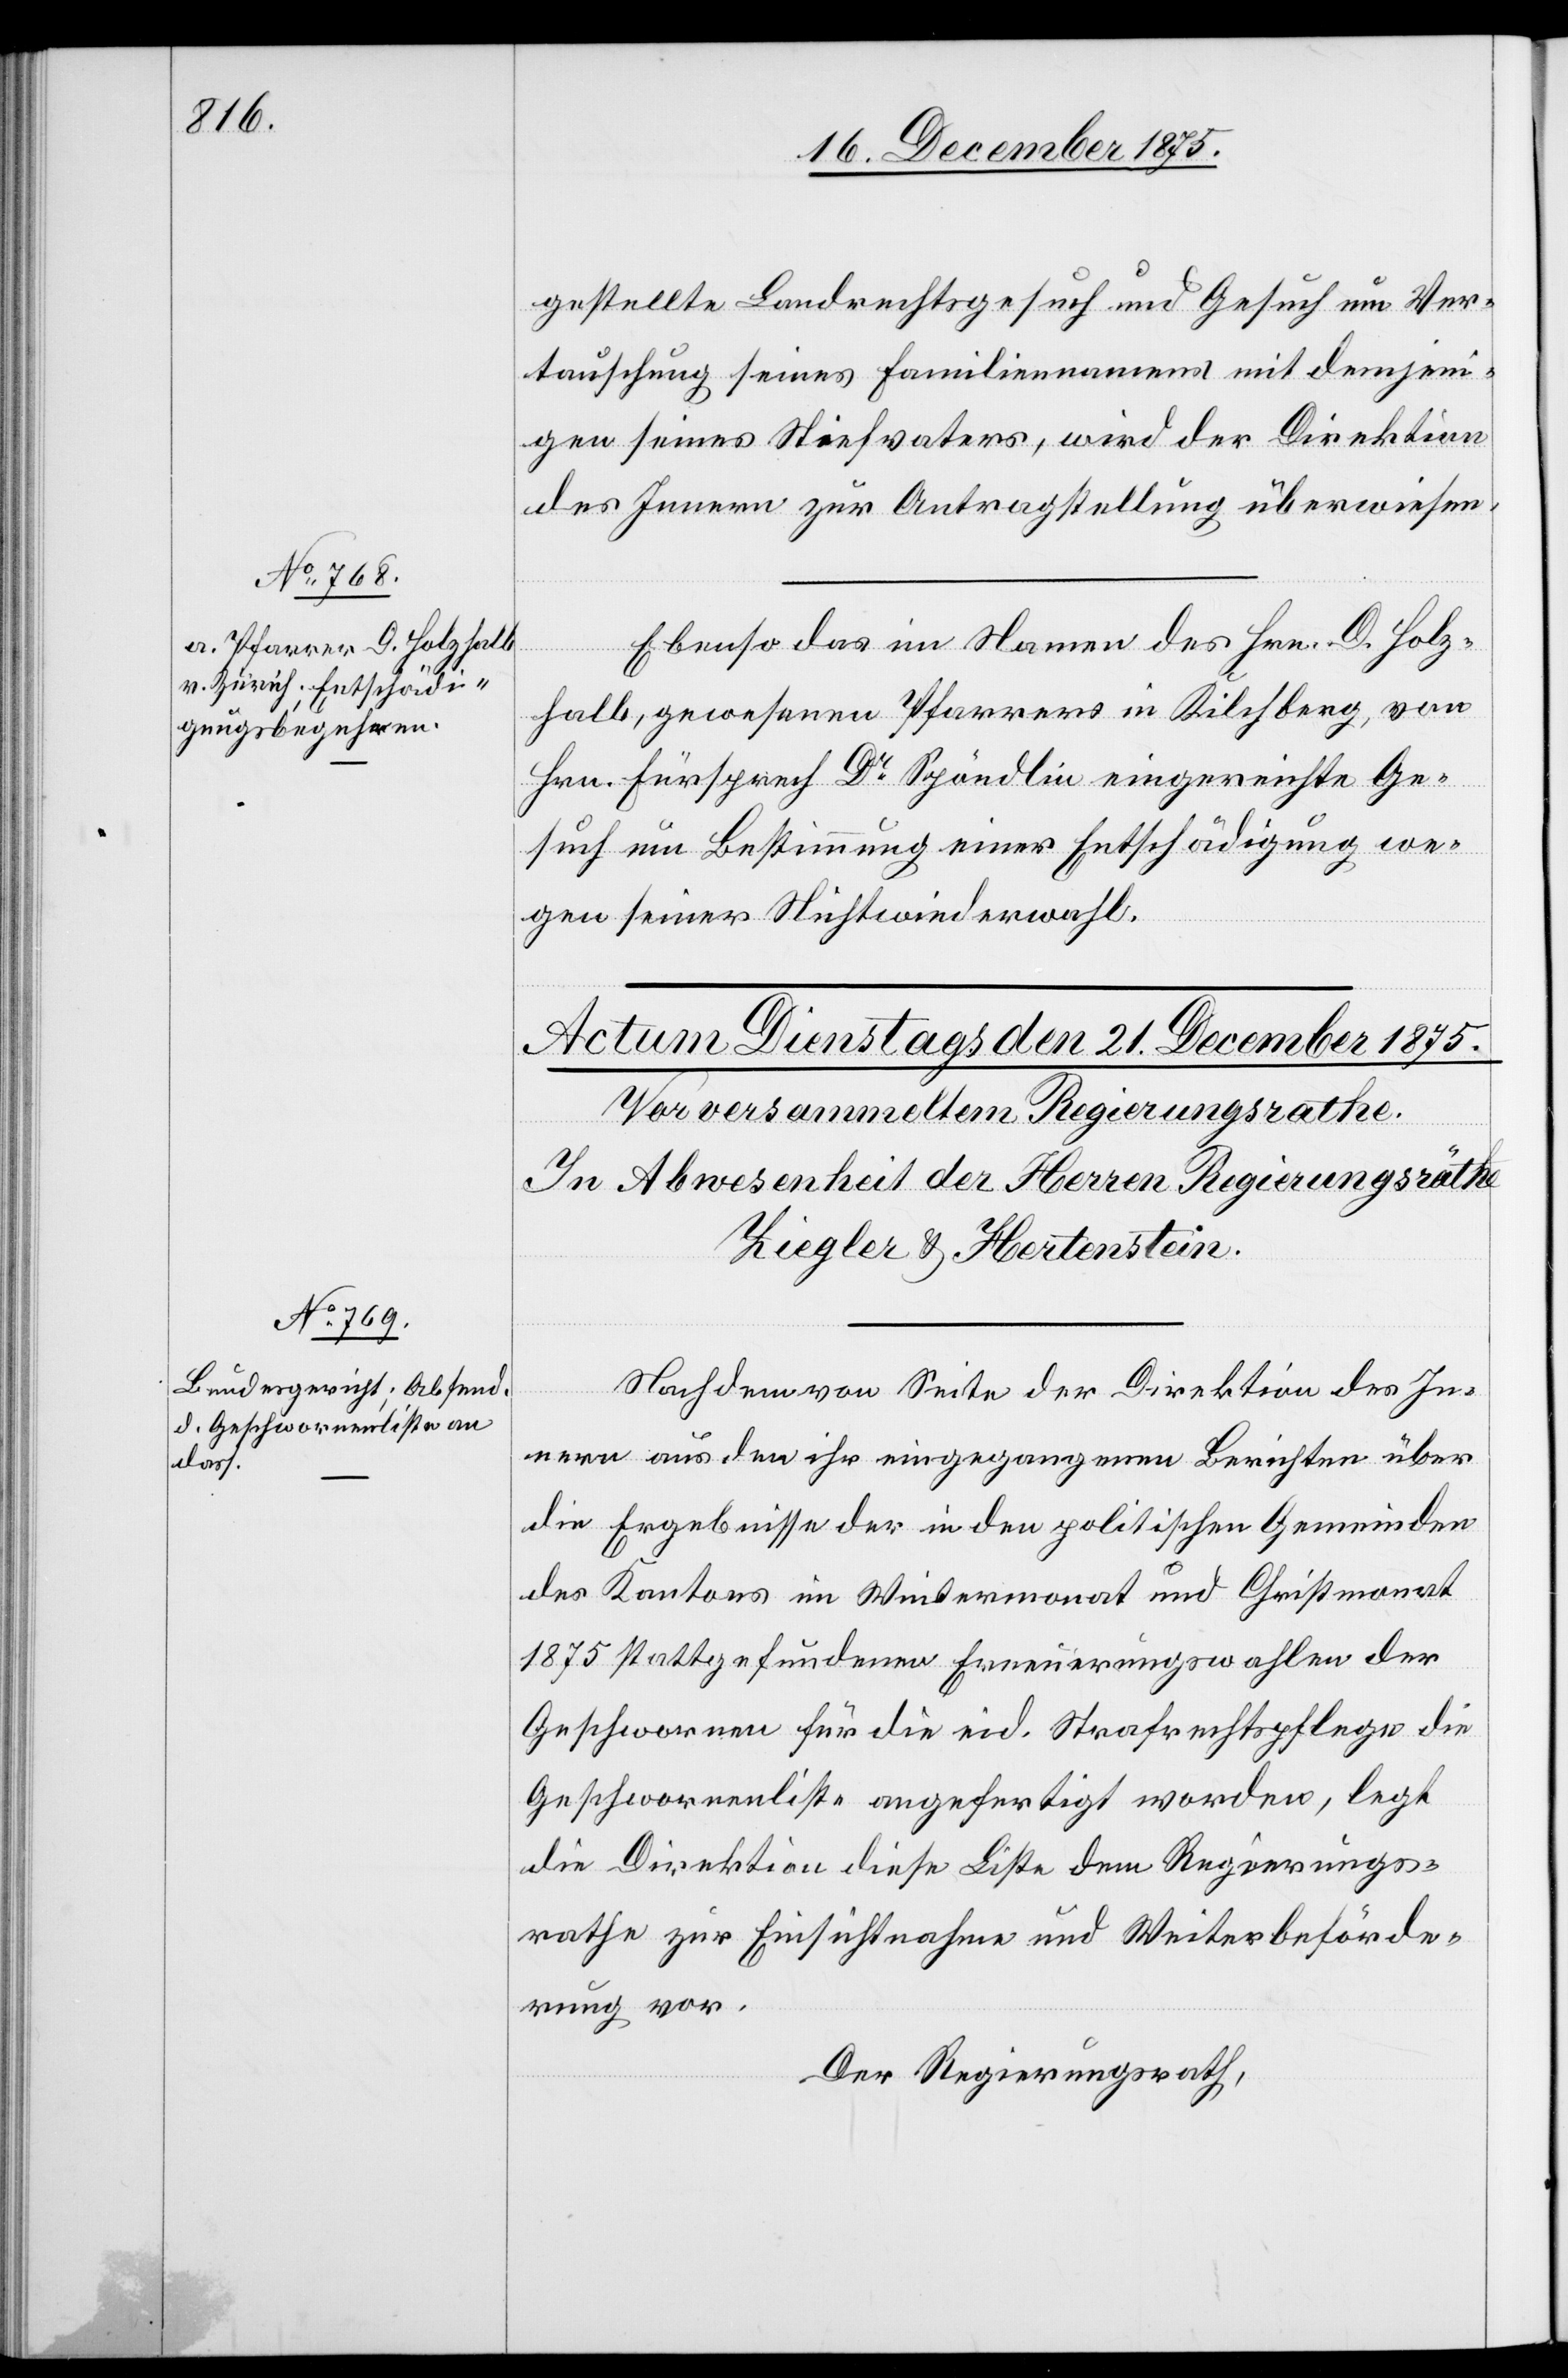
20. December 1875.]
gestellte Landrechtsgesuch und Gesuch um Ver¬
tauschung seines Familiennamens mit demjeni¬
gen seines Stiefvaters, wird der Direktion
des Innern zur Antragstellung überwiesen.
Ebenso das in Namen des Hrn. D. Holz¬
halb, gewesenen Pfarrers in Kilchberg, von
Hrn. Fürsprech Dr Spöndlin eingereichte Ge¬
such um Bestimmung einer Entschädigung we¬
gen seiner Nichtwiederwahl.
Nachdem von Seite der Direktion des In¬
nern aus den ihr eingegangenen Berichten über
die Ergebnisse der in den politischen Gemeinden
des Kantons im Wintermonat und Christmonat
1875 stattgefundenen Erneuerungswahlen der
Geschwornen für die eid. Strafrechtspflege die
Geschworenenliste angefertigt worden, legt
die Direktion diese Liste dem Regierungs¬
rathe zur Einsichtnahme und Weiterbeförde¬
rung vor.
Der Regierungsrath,